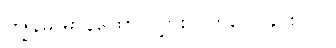
ကျွန်မ မာနထောင်လွှားလိုက်လေခြင်းပါပဲ။